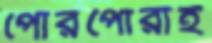
পোরপোরাই